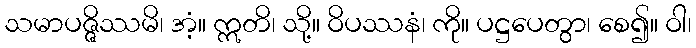
သမာပဇ္ဇိဿမိ၊ အံ့။ ဣတိ၊ သို့။ ဝိပဿနံ၊ ကို။ ပဋ္ဌပေတွာ၊ စေ၍။ ဝါ၊